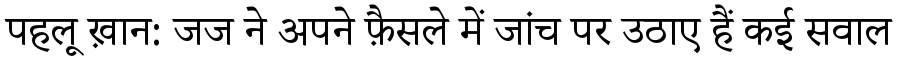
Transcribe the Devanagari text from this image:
पहलू ख़ान: जज ने अपने फ़ैसले में जांच पर उठाए हैं कई सवाल